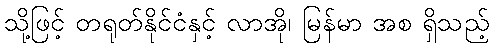
သို့ဖြင့် တရုတ်နိုင်ငံနှင့် လာအို၊ မြန်မာ အစ ရှိသည့်